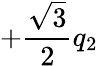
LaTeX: +\frac{\sqrt{3}}{2}q_{2}